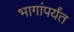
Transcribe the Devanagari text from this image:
भागांपर्यंत